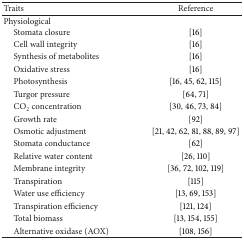
<table><thead><tr><td><b>Traits</b></td><td><b>Reference</b></td></tr></thead><tbody><tr><td>Physiological</td><td> </td></tr><tr><td> Stomata closure</td><td>[16]</td></tr><tr><td> Cell wall integrity</td><td>[16]</td></tr><tr><td> Synthesis of metabolites</td><td>[16]</td></tr><tr><td> Oxidative stress</td><td>[16]</td></tr><tr><td> Photosynthesis</td><td>[16, 45, 62, 115]</td></tr><tr><td> Turgor pressure</td><td>[64, 71]</td></tr><tr><td> CO<sub>2</sub> concentration </td><td>[30, 46, 73, 84]</td></tr><tr><td> Growth rate</td><td>[92]</td></tr><tr><td> Osmotic adjustment </td><td>[21, 42, 62, 81, 88, 89, 97]</td></tr><tr><td> Stomata conductance</td><td>[62]</td></tr><tr><td> Relative water content</td><td>[26, 110]</td></tr><tr><td> Membrane integrity </td><td>[36, 72, 102, 119]</td></tr><tr><td> Transpiration </td><td>[115]</td></tr><tr><td> Water use efficiency</td><td>[13, 69, 153]</td></tr><tr><td> Transpiration efficiency</td><td>[121, 124]</td></tr><tr><td> Total biomass</td><td>[13, 154, 155]</td></tr><tr><td> Alternative oxidase (AOX) </td><td>[108, 156]</td></tr></tbody></table>